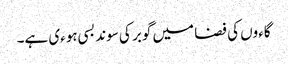
گاءوں کی فضا میں گوبر کی سوند بسی ہوءی ہے۔